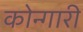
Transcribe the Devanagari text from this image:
कोन्गारी